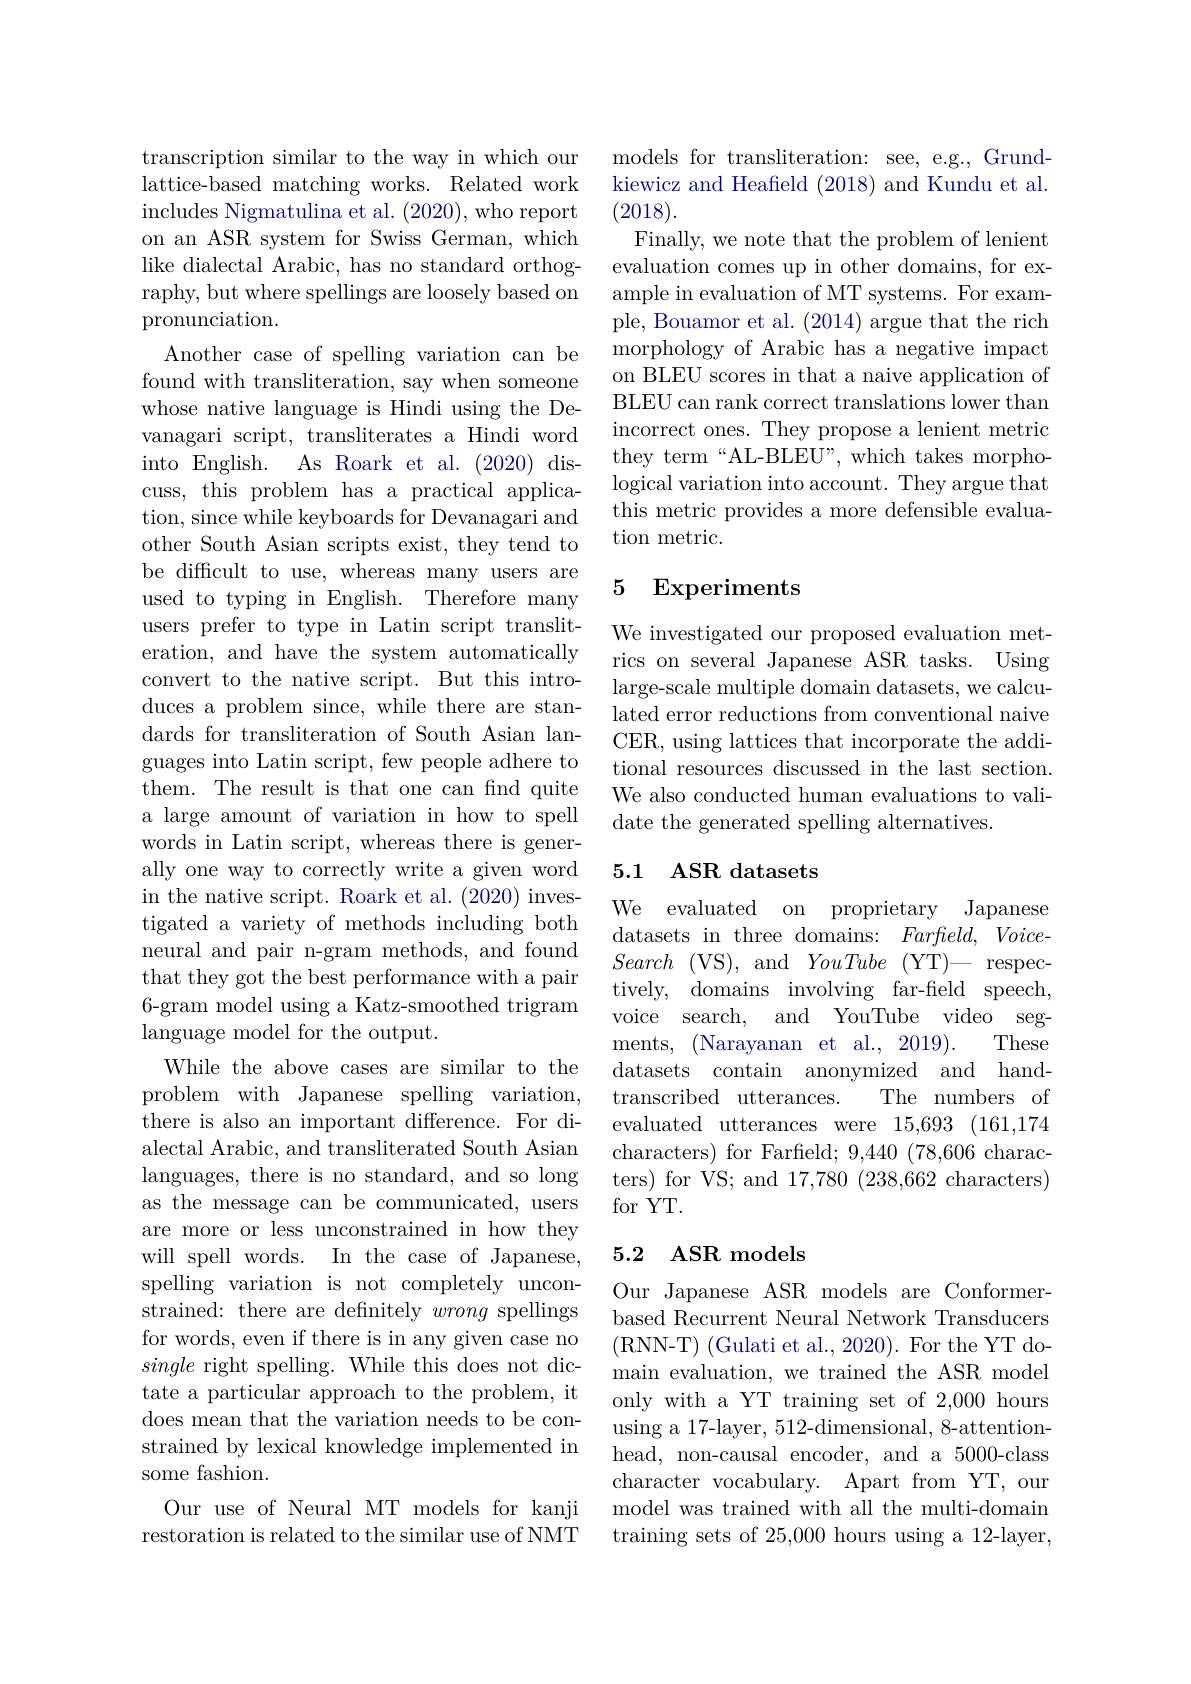
transcription similar to the way in which our lattice-based matching works. Related work includes Nigmatulina et al. (2020), who report on an ASR system for Swiss German, which like dialectal Arabic, has no standard orthography, but where spellings are loosely based on pronunciation.
Another case of spelling variation can be found with transliteration, say when someone whose native language is Hindi using the Devanagari script, transliterates a Hindi word into English. As Roark et al. (2020) discuss, this problem has a practical application, since while keyboards for Devanagari and other South Asian scripts exist, they tend to be difficult to use, whereas many users are used to typing in English. Therefore many users prefer to type in Latin script transliteration, and have the system automatically convert to the native script. But this introduces a problem since, while there are standards for transliteration of South Asian languages into Latin script, few people adhere to them. The result is that one can find quite a large amount of variation in how to spell words in Latin script, whereas there is generally one way to correctly write a given word in the native script. Roark et al. (2020) investigated a variety of methods including both neural and pair n-gram methods, and found that they got the best performance with a pair 6-gram model using a Katz-smoothed trigram language model for the output.
While the above cases are similar to the problem with Japanese spelling variation, there is also an important difference. For dialectal Arabic, and transliterated South Asian languages, there is no standard, and so long as the message can be communicated, users are more or less unconstrained in how they will spell words. In the case of Japanese, spelling variation is not completely unconstrained: there are definitely wrong spellings for words, even if there is in any given case no single right spelling. While this does not dictate a particular approach to the problem, it does mean that the variation needs to be constrained by lexical knowledge implemented in some fashion.
Our use of Neural MT models for kanji restoration is related to the similar use of NMT

models for transliteration: see, e.g., Grundkiewicz and Heafield (2018) and Kundu et al. (2018).
Finally, we note that the problem of lenient evaluation comes up in other domains, for example in evaluation of MT systems. For example, Bouamor et al. (2014) argue that the rich morphology of Arabic has a negative impact on BLEU scores in that a naive application of BLEU can rank correct translations lower than incorrect ones. They propose a lenient metric they term“AL-BLEU”, which takes morphological variation into account. They argue that this metric provides a more defensible evaluation metric.

# 5 Experiments

We investigated our proposed evaluation metrics on several Japanese ASR tasks. Using large-scale multiple domain datasets, we calculated error reductions from conventional naive CER, using lattices that incorporate the additional resources discussed in the last section. We also conducted human evaluations to validate the generated spelling alternatives.

## 5.1 ASR datasets

We evaluated on proprietary Japanese datasets in three domains: Farfield, Voice- $Search~($VS$),~$and$~YouTube~($YT$)-~$respectively, domains involving far-field speech, voice search, and YouTube video segments, (Narayanan et al., 2019).
These
datasets contain anonymized and hand-
The numbers of
transcribed utterances.
evaluated utterances were 15,693 (161,174 characters) for Farfield; 9,440 (78,606 characters) for VS; and 17,780 (238,662 characters) for YT.

### 5.2 ASR models

Our Japanese ASR models are Conformerbased Recurrent Neural Network Transducers (RNN-T) (Gulati et al., 2020). For the YT domain evaluation, we trained the ASR model only with a YT training set of 2,000 hours using a 17-layer, 512-dimensional, 8-attentionhead, non-causal encoder, and a 5000-class character vocabulary. Apart from YT, our model was trained with all the multi-domain training sets of 25,000 hours using a 12-layer,